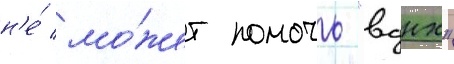
н'е́ мо́жет помочь "вднх"